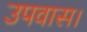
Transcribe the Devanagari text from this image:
उपवास।